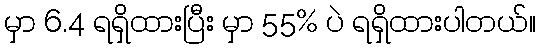
မှာ 6.4 ရရှိထားပြီး မှာ 55% ပဲ ရရှိထားပါတယ်။